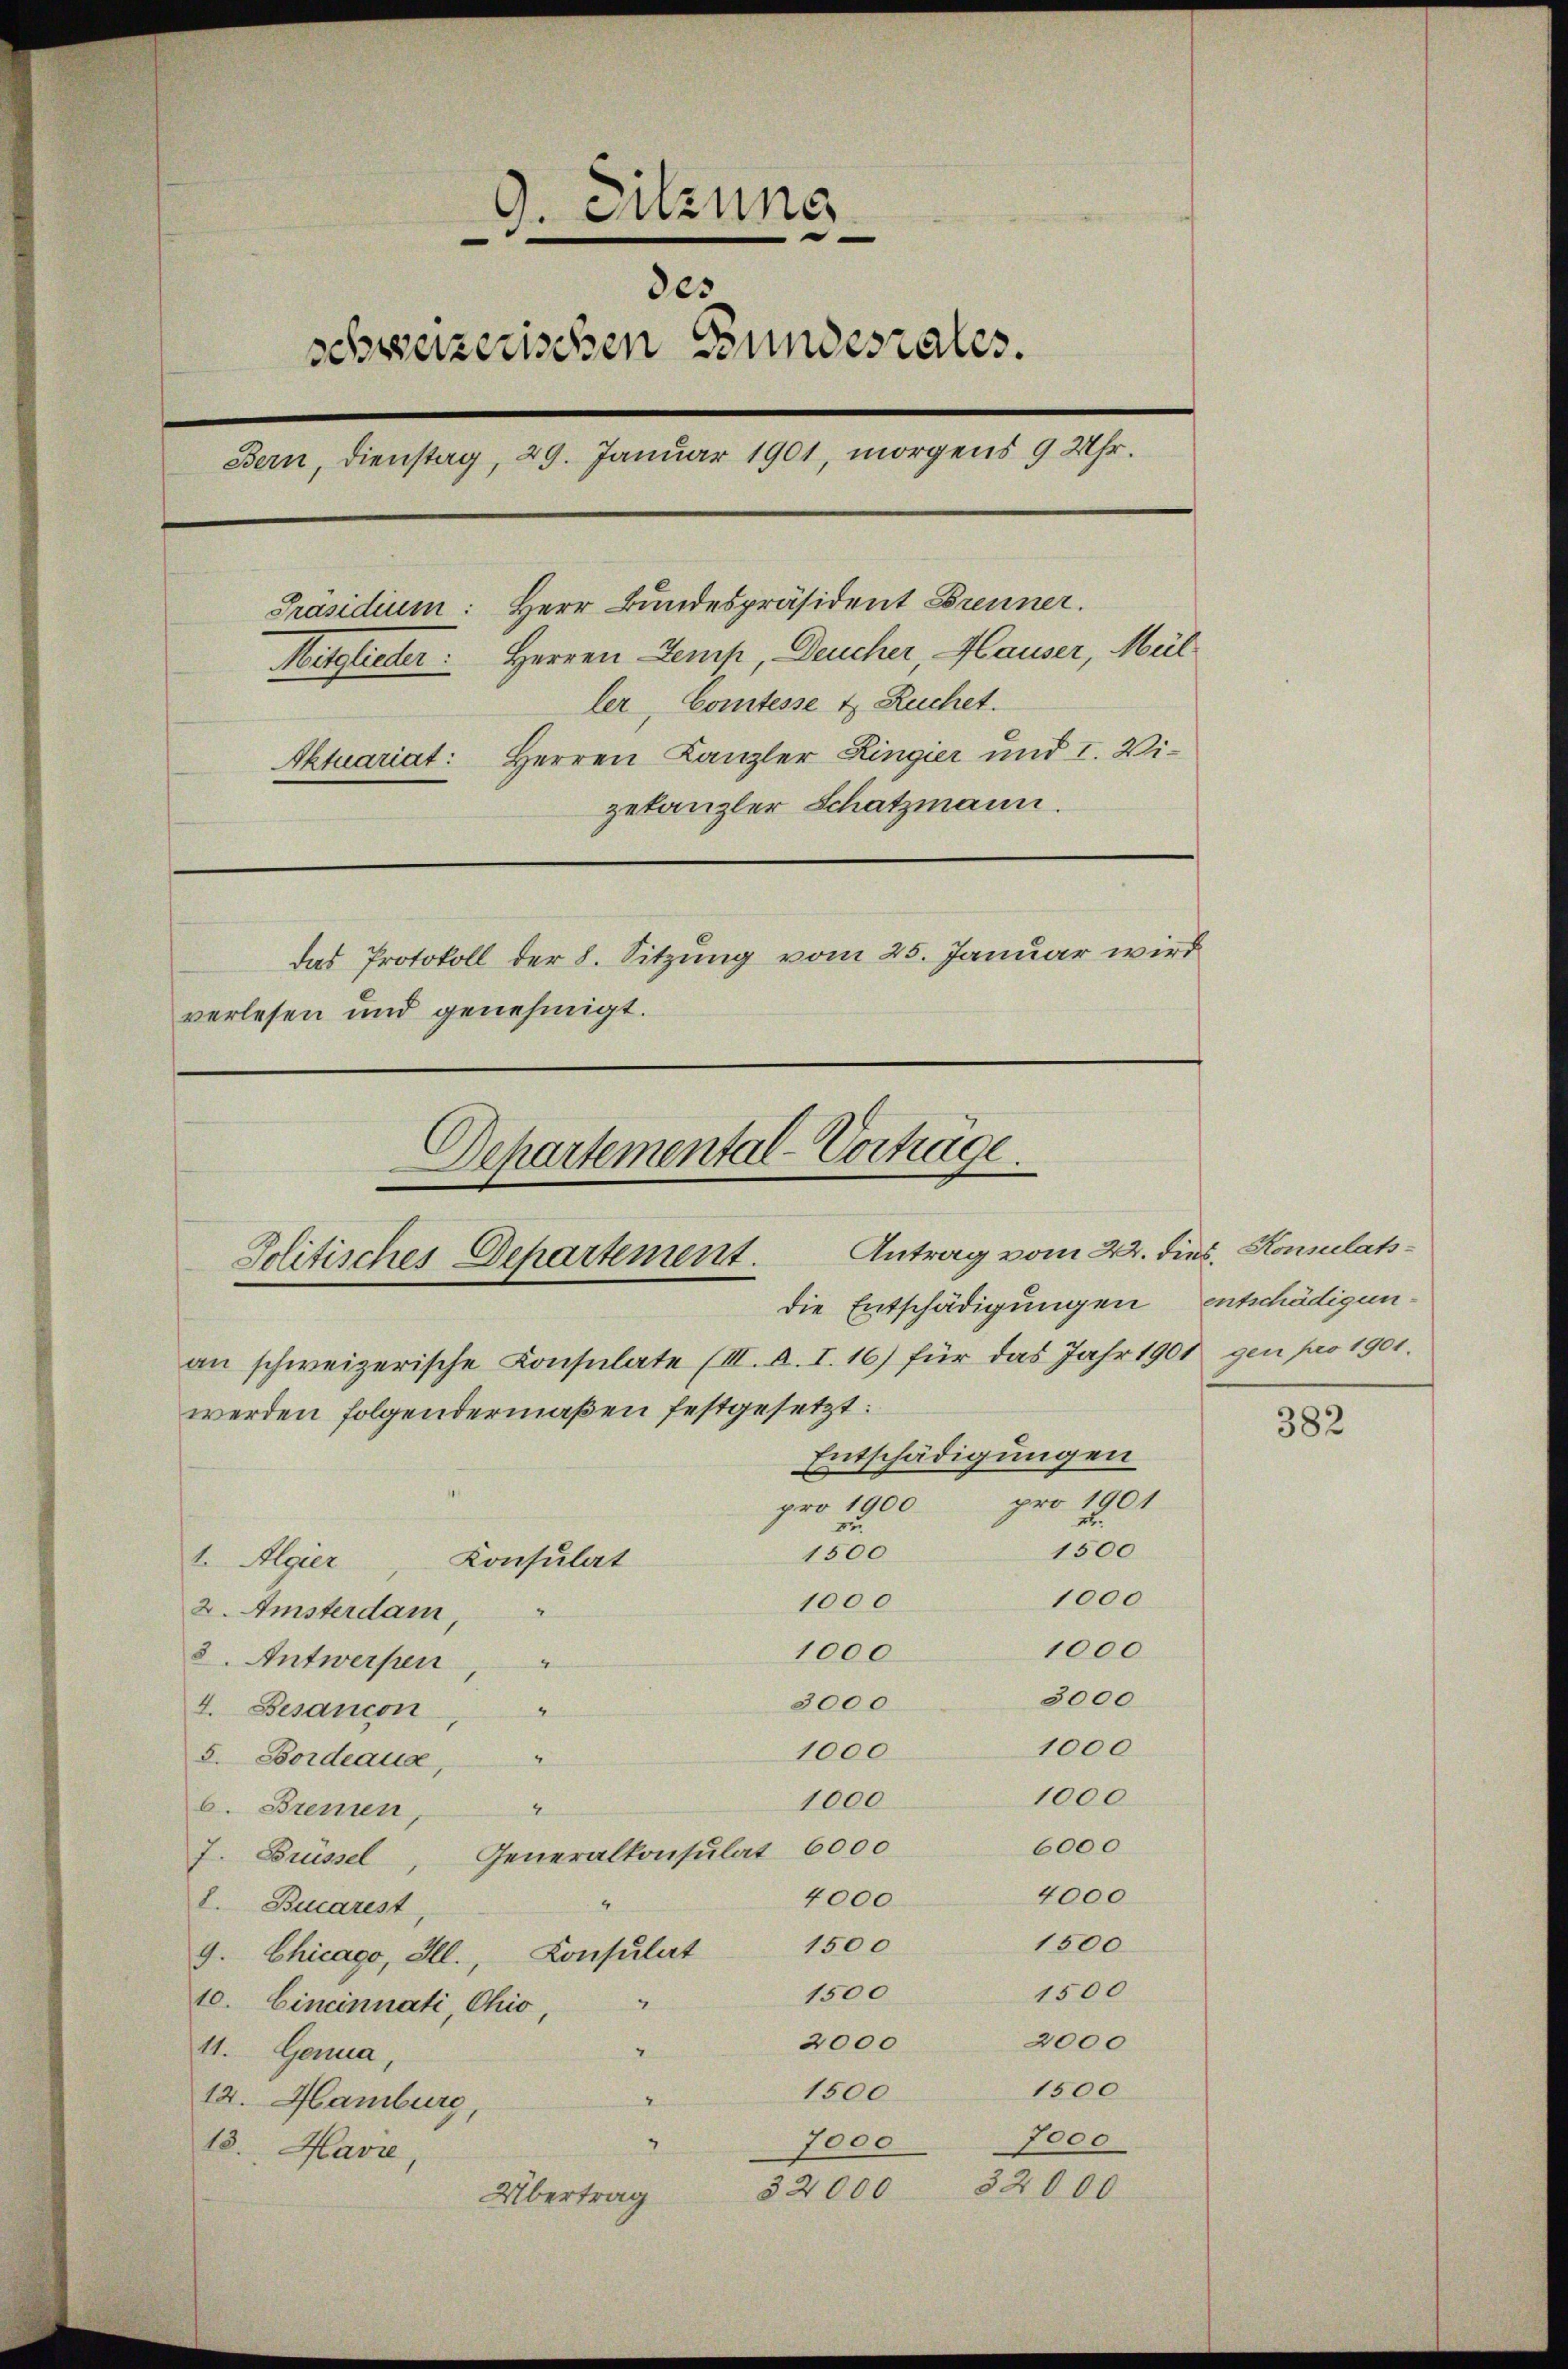
9. Sitzung
des
schweizerischen Bundesrates.
Bern, Dienstag, 29. Januar 1901, morgens 9 Uhr.
Präsidium: Herr Bundespräsident Brenner.
Mitglieder: Herren Temp, Deucher Hauser, Meil
ler, Comtesse & Ruchet.
Aktuariat: Herren Kanzler Ringier und I. Vizekanzler Schatzmann.
das Protokoll der 8. Sitzung vom 25. Januar wird
verlesen und genehmigt.

Departemental-Vorträge.
Politisches Departement. Antrag vom 22. dies, Konsulatsdie Entschädigungen

an schweizerische Consulate (III. A. I. 16) für das Jahr 1901 gen pro 1901.
Entschädigungen
pro 1901
pro 1900.
1300
1500
Konsulat
1. Algier
1000
1000
2. Amsterdam,
1000
1000
8. Antwerpen
3000
3000
4. Besancon
1000
1000
5. Bordeaux,
D
1000
1000
b. Bremen,
d
6000
J. Brüssel, Generalkonsulat 6000
4000
4000
I. Becarest
1500
1500
9. Chicago, Hl., Consulat
1500
1500
10. Eineinnati, Chio, "
2000
2000
11. Genua,
1500
1500
12. Hamburg,
7000
i
7000
18. Havre,
32000
32000
Übertrag

werden folgendermaßen festgesetzt:

entschädigun¬

382